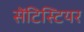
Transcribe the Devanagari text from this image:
सेंटिस्टियर